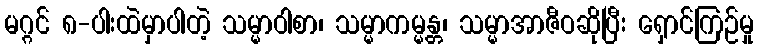
မဂ္ဂင် ၈-ပါးထဲမှာပါတဲ့ သမ္မာဝါစာ၊ သမ္မာကမ္မန္တ၊ သမ္မာအာဇီဝဆိုပြီး ရှောင်ကြဉ်မှု